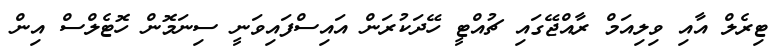
ޓިރެލް އާއި ވިލިއަމް ރާއްޖޭގައި ޗުއްޓީ ހޭދަކުރަން އައިސްފައިވަނީ ސިނަމޮން ހޮޓެލްސް އިން